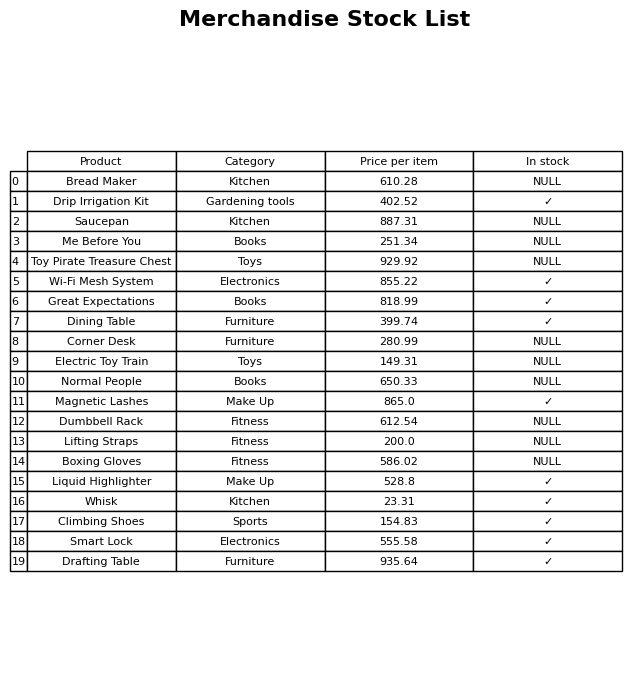
question: What is the price for Wi-Fi Mesh System?
answer: The price of Wi-Fi Mesh System is 855.22.